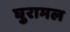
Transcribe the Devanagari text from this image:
घुरामल